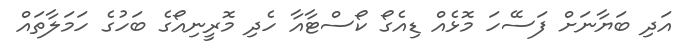
އަދި ބަޔާނަށް ފަސޭހަ މޮޅެއް ޑިއެގޯ ކޯސްޓާއާ ހެދި މޮރީނިއޯގެ ބަހުގެ ހަމަލާތައް